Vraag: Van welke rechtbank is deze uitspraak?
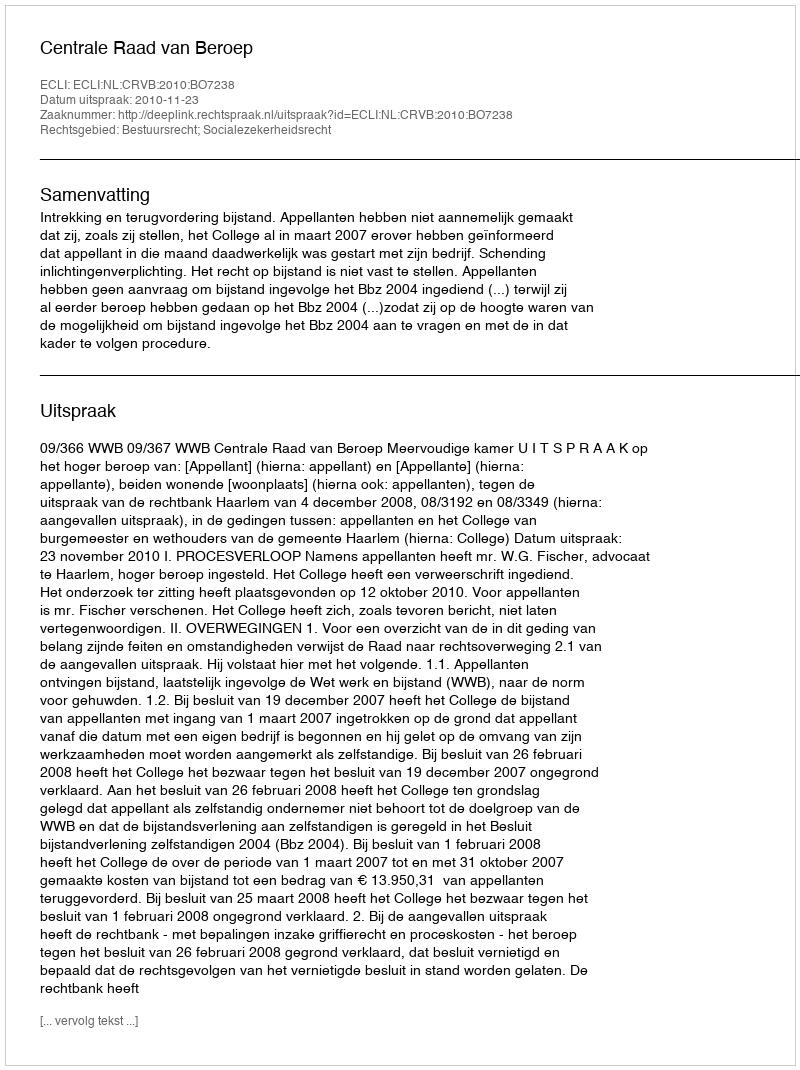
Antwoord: Centrale Raad van Beroep